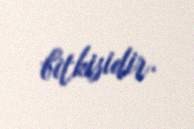
bitkisidir.